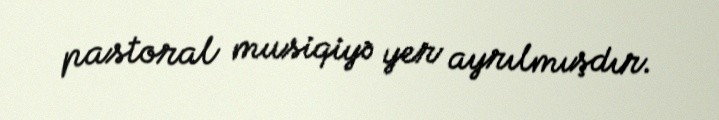
pastoral musiqiyə yer ayrılmışdır.